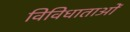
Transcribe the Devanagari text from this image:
विविधाताओं